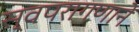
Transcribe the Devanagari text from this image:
स्वपरागणाने